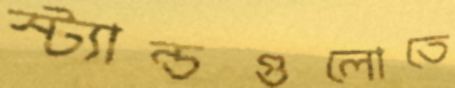
স্ট্যান্ডগুলোতে